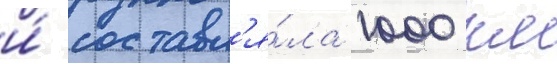
и́ составл'я́ла 1000 км